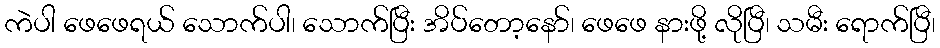
ကဲပါ ဖေဖေရယ် သောက်ပါ၊ သောက်ပြီး အိပ်တော့နော်၊ ဖေဖေ နားဖို့ လိုပြီ၊ သမီး ရောက်ပြီ၊